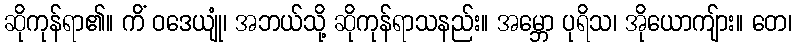
ဆိုကုန်ရာ၏။ ကိံ ဝဒေယျုံ၊ အဘယ်သို့ ဆိုကုန်ရာသနည်း။ အမ္ဘော ပုရိသ၊ အိုယောကျ်ား။ တေ၊